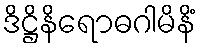
ဒိဋ္ဌိနိရောဓဂါမိနိံ